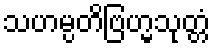
သဟမ္ပတိဗြဟ္မသုတ္တံ